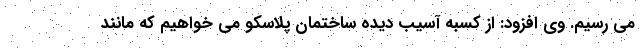
می رسیم. وی افزود: از کسبه آسیب دیده ساختمان پلاسکو می خواهیم که مانند